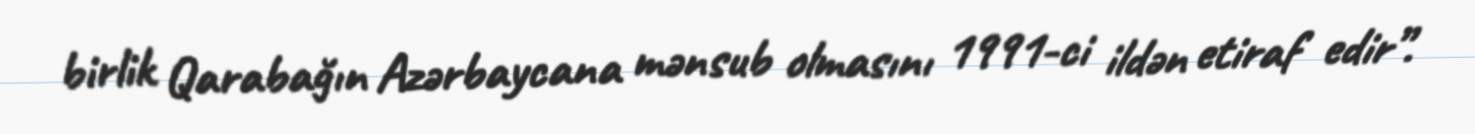
birlik Qarabağın Azərbaycana mənsub olmasını 1991-ci ildən etiraf edir”.